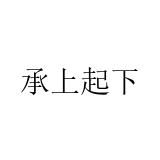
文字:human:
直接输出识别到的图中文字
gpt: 承上起下